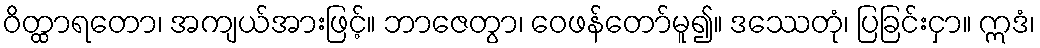
ဝိတ္ထာရတော၊ အကျယ်အားဖြင့်။ ဘာဇေတွာ၊ ဝေဖန်တော်မူ၍။ ဒဿေတုံ၊ ပြခြင်းငှာ။ ဣဒံ၊